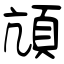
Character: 頏